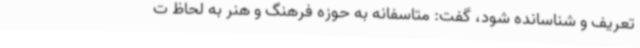
تعریف و شناسانده شود، گفت: متاسفانه به حوزه فرهنگ و هنر به لحاظ ت